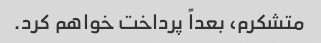
متشکرم، بعداً پرداخت خواهم کرد.